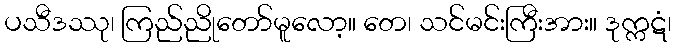
ပသီဒဿု၊ ကြည်ညိုတော်မူလော့။ တေ၊ သင်မင်းကြီးအား။ ဒုက္ကဋံ၊